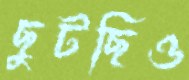
ছুটছিও